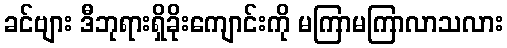
ခင်ဗျား ဒီဘုရားရှိခိုးကျောင်းကို မကြာမကြာလာသလား